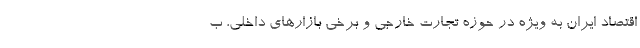
اقتصاد ایران به ویژه در حوزه تجارت خارجی و برخی بازارهای داخلی، ب